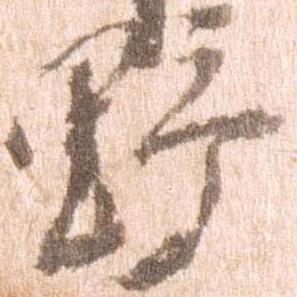
野